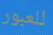
للعبور